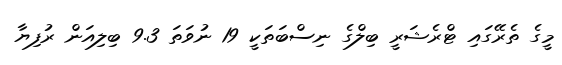
މީގެ ތެރޭގައި ޓްރެޝަރީ ބިލްގެ ނިސްބަތަކީ 19 ނުވަތަ 9.3 ބިލިއަން ރުފިޔާ